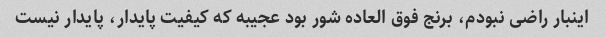
اینبار راضی نبودم، برنج فوق العاده شور بود عجیبه که کیفیت پایدار، پایدار نیست